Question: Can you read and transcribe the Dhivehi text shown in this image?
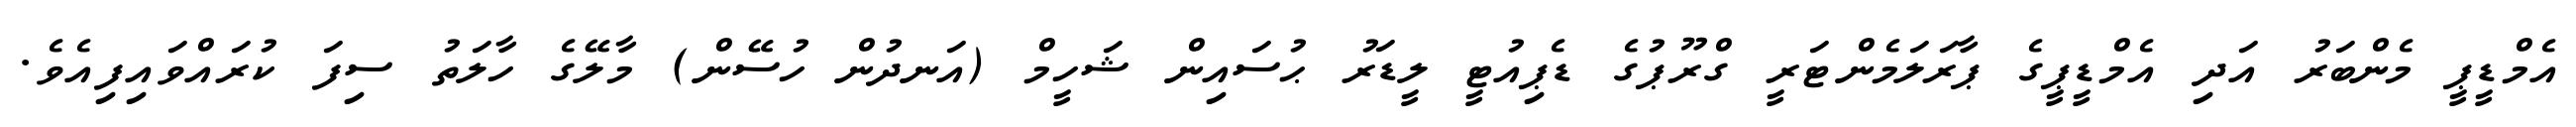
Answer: އެމްޑީޕީ މެންބަރު އަދި އެމްޑީޕީގެ ޕާރަލަމެންޓަރީ ގްރޫޕުގެ ޑެޕިއުޓީ ލީޑަރު ޙުސައިން ޝަހީމް (އަނދުން ހުސޭން) މާލޭގެ ހާލަތު ސިފަ ކުރައްވައިފިއެވެ.